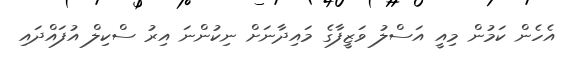
އެހެން ކަމުން މިއީ އަސްލު ވަޒީފާގެ މައިދާނަށް ނިކުންނަ އިރު ސްކިލް އުފައްދައި